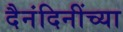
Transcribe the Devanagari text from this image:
दैनंदिनींच्या